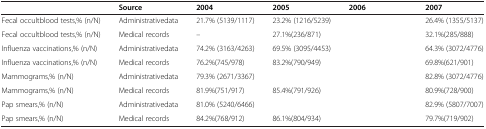
<table><thead><tr><td>[EMPTY_CELL]</td><td><b>Source</b></td><td><b>2004</b></td><td><b>2005</b></td><td><b>2006</b></td><td><b>2007</b></td></tr></thead><tbody><tr><td>Fecal occultblood tests,% (n/N)</td><td>Administrativedata</td><td>21.7% (5139/1117)</td><td>23.2% (1216/5239)</td><td>[EMPTY_CELL]</td><td>26.4% (1355/5137)</td></tr><tr><td>Fecal occultblood tests,% (n/N)</td><td>Medical records</td><td>–</td><td>27.1%(236/871)</td><td>[EMPTY_CELL]</td><td>32.1%(285/888)</td></tr><tr><td>Influenza vaccinations,% (n/N)</td><td>Administrativedata</td><td>74.2% (3163/4263)</td><td>69.5% (3095/4453)</td><td>[EMPTY_CELL]</td><td>64.3% (3072/4776)</td></tr><tr><td>Influenza vaccinations,% (n/N)</td><td>Medical records</td><td>76.2%(745/978)</td><td>83.2%(790/949)</td><td>[EMPTY_CELL]</td><td>69.8%(621/901)</td></tr><tr><td>Mammograms,% (n/N)</td><td>Administrativedata</td><td>79.3% (2671/3367)</td><td>[EMPTY_CELL]</td><td>[EMPTY_CELL]</td><td>82.8% (3072/4776)</td></tr><tr><td>Mammograms,% (n/N)</td><td>Medical records</td><td>81.9%(751/917)</td><td>85.4%(791/926)</td><td>[EMPTY_CELL]</td><td>80.9%(728/900)</td></tr><tr><td>Pap smears,% (n/N)</td><td>Administrativedata</td><td>81.0% (5240/6466)</td><td>[EMPTY_CELL]</td><td>[EMPTY_CELL]</td><td>82.9% (5807/7007)</td></tr><tr><td>Pap smears,% (n/N)</td><td>Medical records</td><td>84.2%(768/912)</td><td>86.1%(804/934)</td><td>[EMPTY_CELL]</td><td>79.7%(719/902)</td></tr></tbody></table>